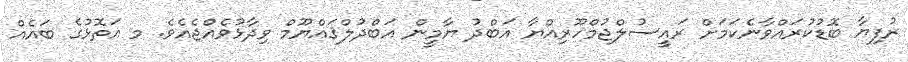
ރުފިޔާ ބޮޑުކުރައްވާނެކަމަށް ރައީސުލްޖުމްހޫރިއްޔާ އަބްދު ޔާމީން އަބްދުލްޤައްޔޫމް ވިދާޅުވެއްޖެއެވެ. މ އަތޮޅުގެ ބައެއް